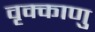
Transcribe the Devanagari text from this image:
वृक्काणु